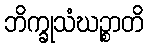
ဘိက္ခုသံဃဉ္စာတိ